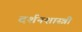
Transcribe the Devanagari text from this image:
दर्शनशास्‍त्री